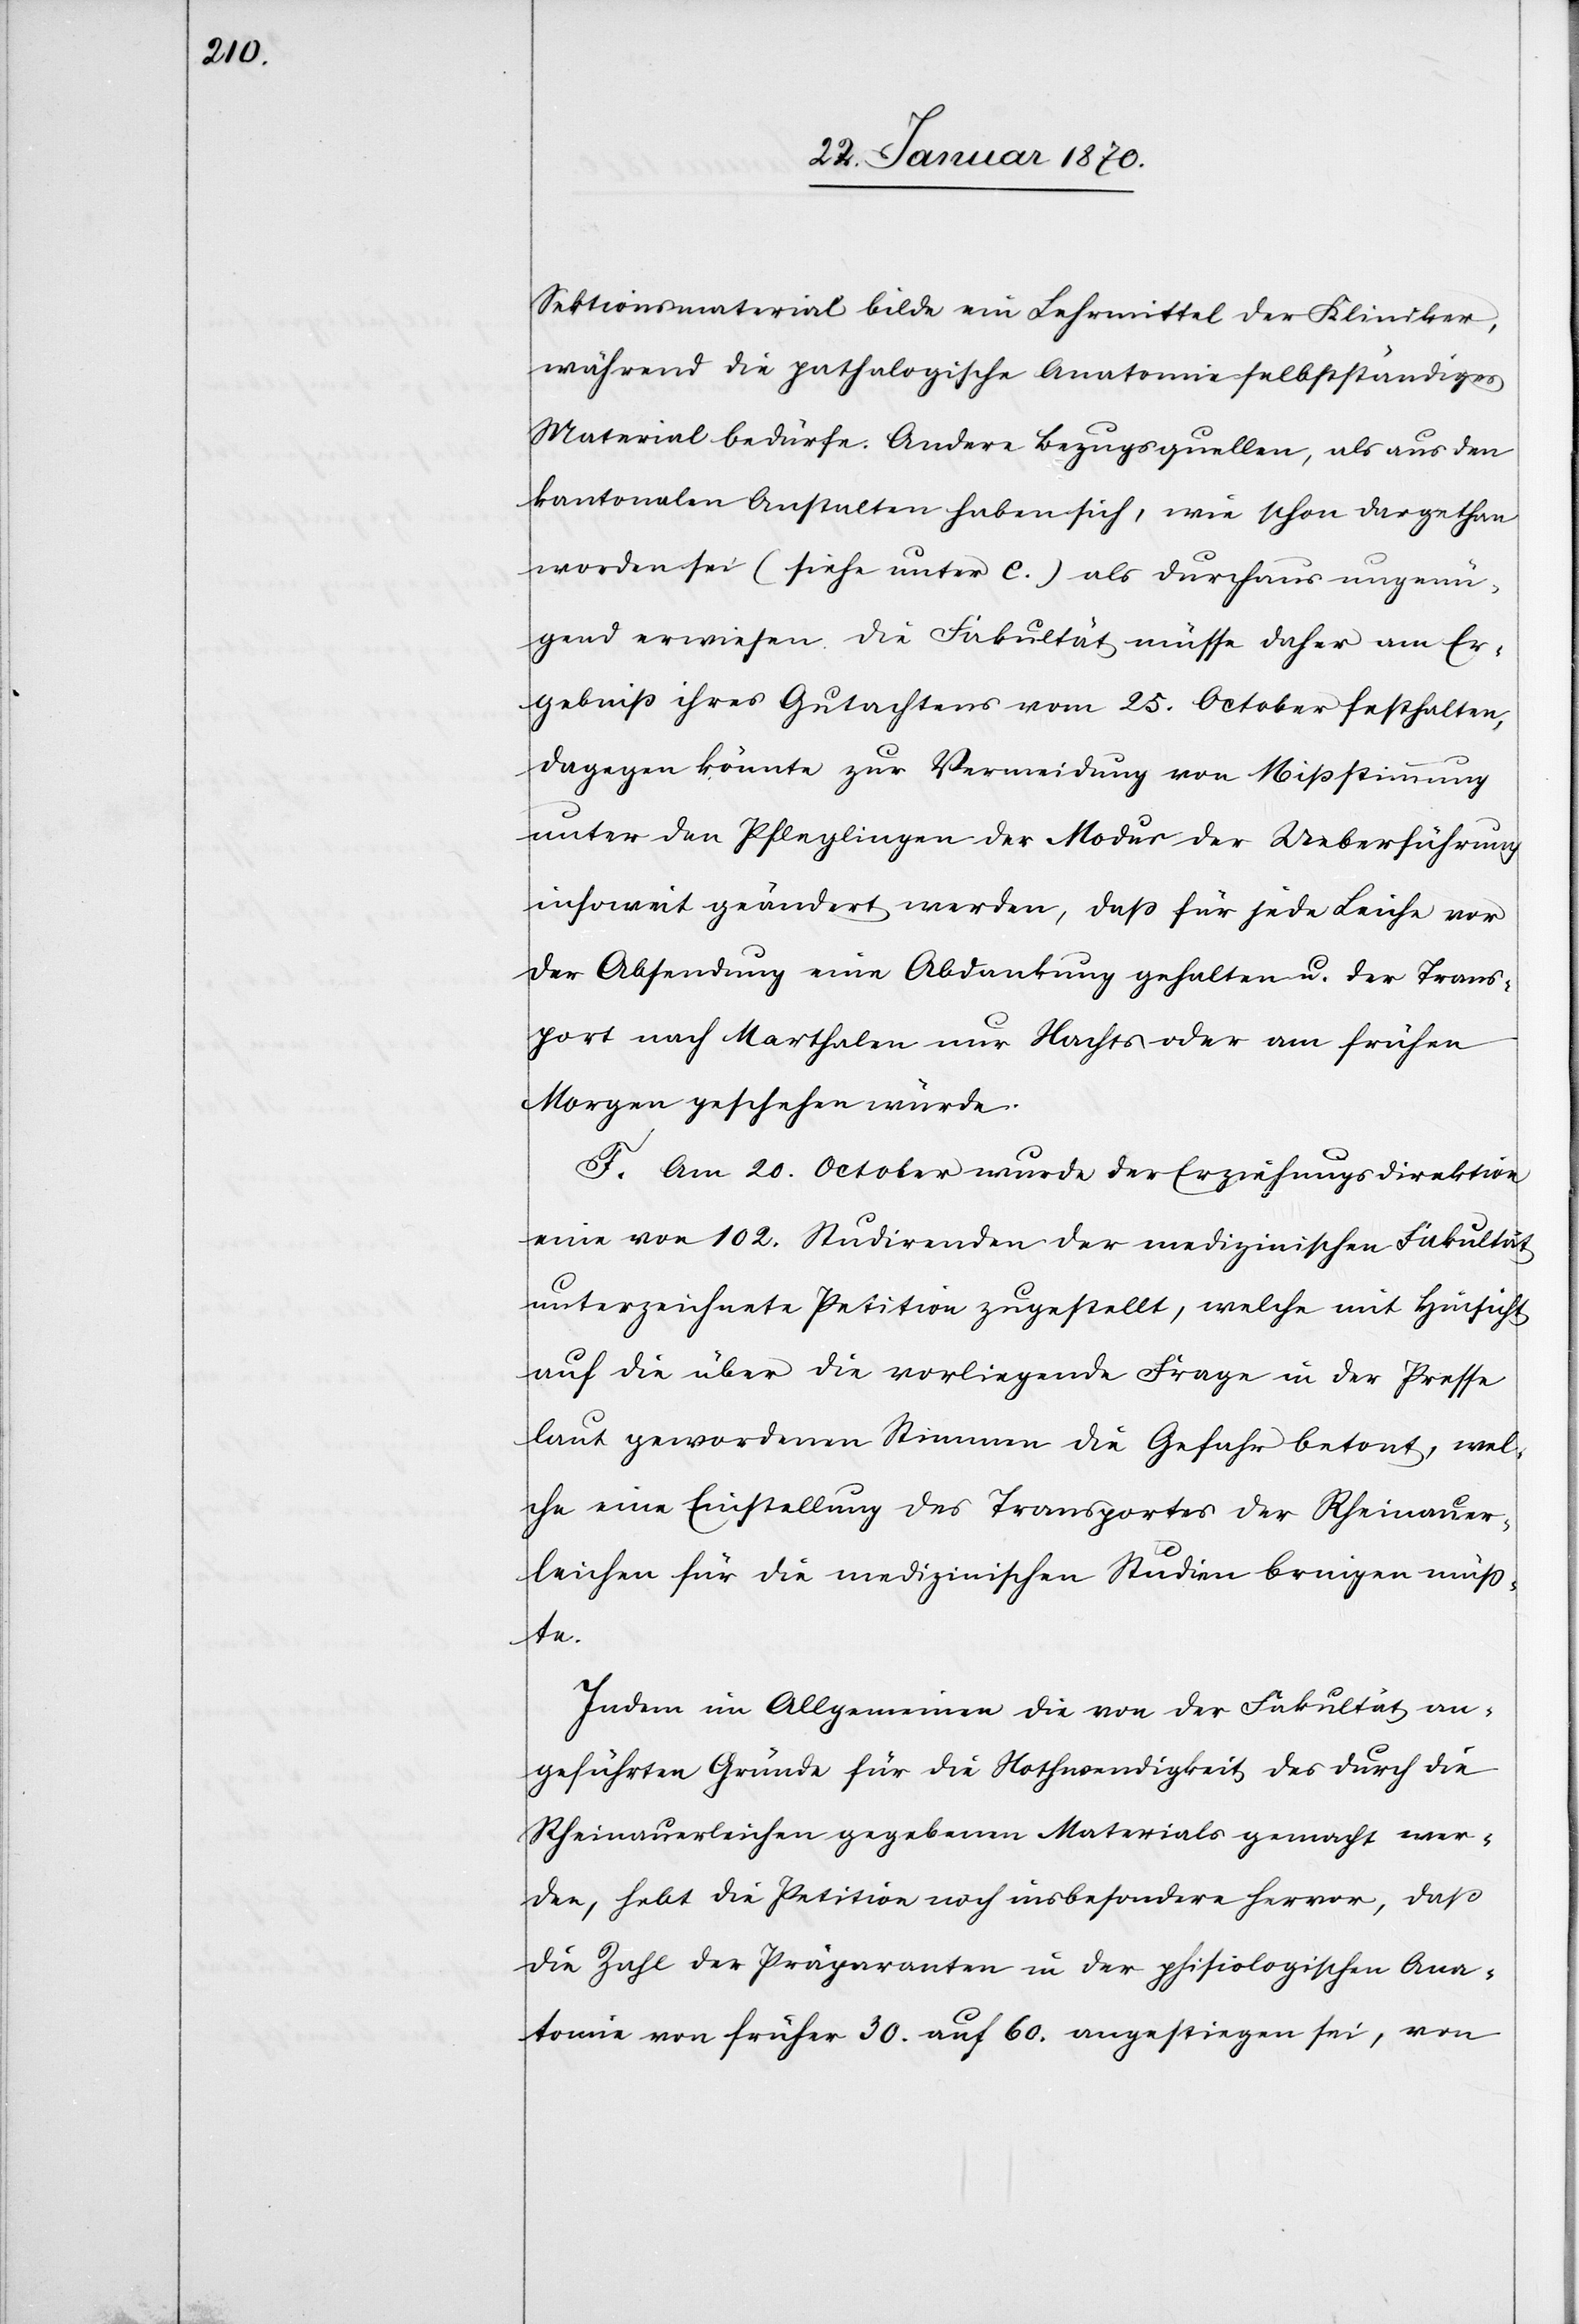
Sektionsmaterial bilde ein Lehrmittel der Kliniker,
während die pathologische Anatomie selbstständiges
Material bedürfe. Andere Bezugsquellen, als aus den
kantonalen Anstalten haben sich, wie schon dargethan
worden sei (siehe unter C.) als durchaus ungenü¬
gend erwiesen. Die Fakultät müsse daher am Er¬
gebniß ihres Gutachtens vom 25. October festhalten,
dagegen könnte zur Vermeidung von Mißstimmung
unter den Pfleglingen der Modus der Ueberführung
insoweit geändert werden, daß für jede Leiche vor
der Absendung eine Abdankung gehalten u. der Trans¬
port nach Marthalen nur Nachts oder am frühen
Morgen geschehen würde.
F. Am 20.October wurde der Erziehungsdirektion
eine von 102. Studirenden der medizinischen Fakultät
unterzeichnete Petition zugestellt, welche mit Hinsicht
auf die über die vorliegende Frage in der Presse
laut gewordenen Stimmen die Gefahr betont, wel¬
che eine Einstellung des Transportes der Rheinauer¬
leichen für die medizinischen Studien bringen müß¬
te.
Indem im Allgemeinen die von der Fakultät an¬
geführten Gründe für die Nothwendigkeit des durch die
Rheinauerleichen gegebenen Materials gemacht wer¬
den, hebt die Petition noch insbesondere hervor, daß
die Zahl der Präparanten in der phisiologischen Ana¬
tomie von früher 30. auf 60. angestiegen sei, von